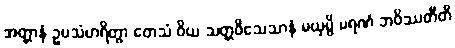
အတ္တာနံ ဥပသံဟရိတွာ တေသံ ဝိယ သတ္တဝိသေသာနံ မယှမ္ပိ မရဏံ ဘဝိဿတီတိ